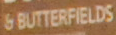
6 BUTTERFIELDS